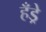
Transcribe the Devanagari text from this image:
हँड्रे